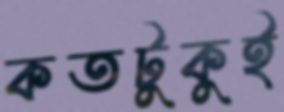
কতটুকুই